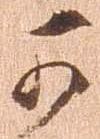
可